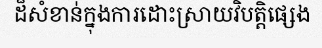
ដ៏សំខាន់ក្នុងការដោះស្រាយវិបត្តិផ្សេង